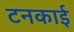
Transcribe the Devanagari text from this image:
टनकाई